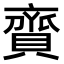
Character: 𧷔